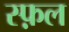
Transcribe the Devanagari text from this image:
स्फ़ल